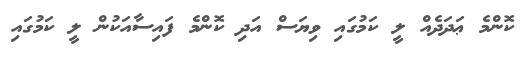
ކޮންމެ ޢަދަދެއް ލީ ކަމުގައި ވިޔަސް އަދި ކޮންމެ ފައިސާއަކުން ލީ ކަމުގައި